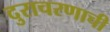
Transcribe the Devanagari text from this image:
दुराचरणाची